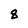
Character: 8